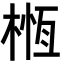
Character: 㮓